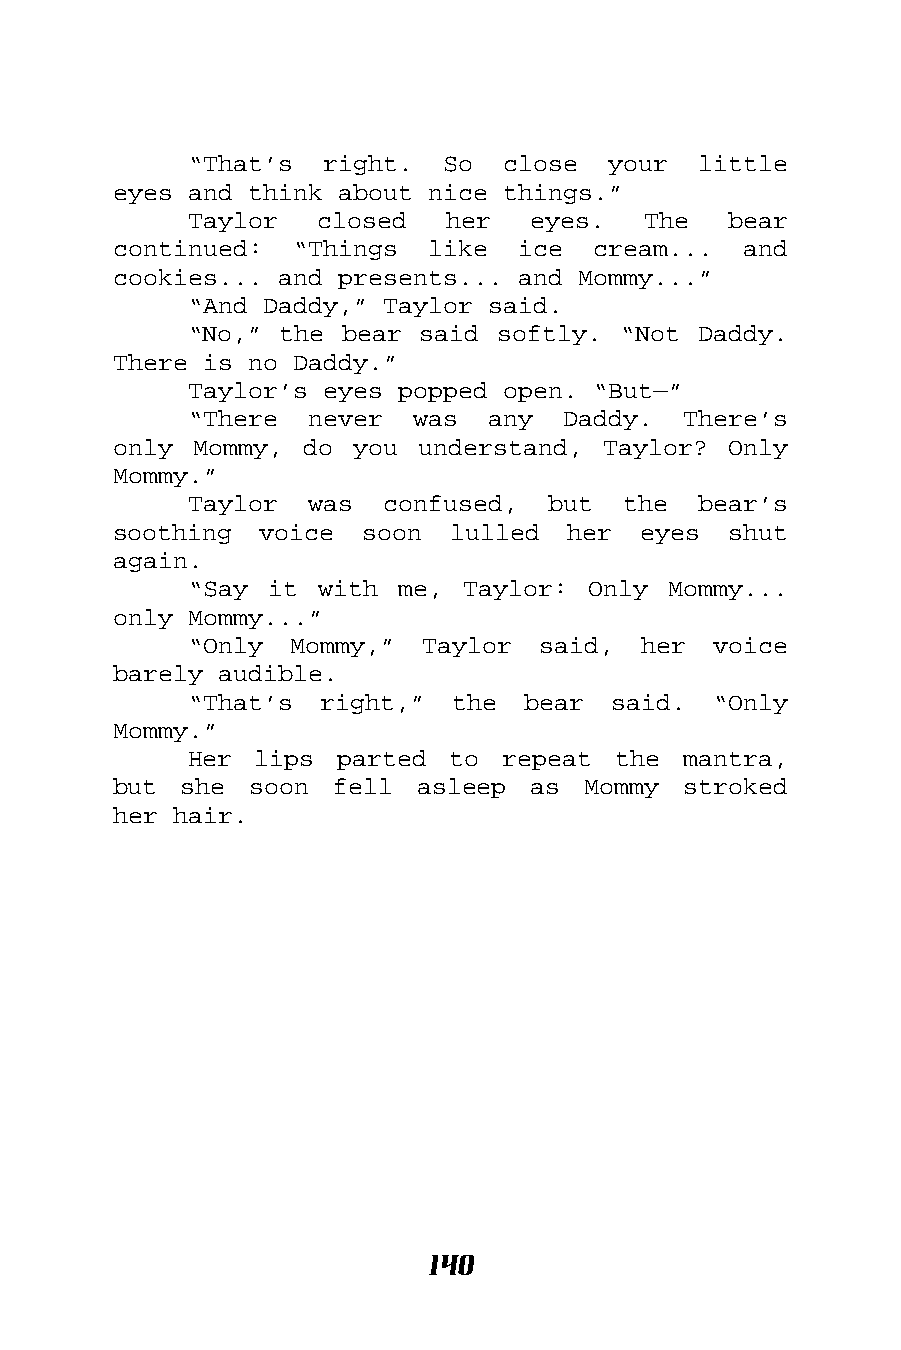
“That’s  right.  So  close  your  little
 eyes and think about nice things.”
 Taylor  closed   her  eyes.   The   bear
 continued:  “Things  like  ice  cream...  and
 cookies... and presents... and Mommy...”
 “And Daddy,” Taylor said.
 “No,” the bear said softly. “Not  Daddy.
 There is no Daddy.”
 Taylor’s eyes popped open. “But—”
 “There  never  was  any  Daddy.  There’s
 only Mommy, do  you understand, Taylor?  Only
 Mommy.”
 Taylor  was  confused,  but  the  bear’s
 soothing  voice soon  lulled  her  eyes  shut
 again.
 “Say it with  me, Taylor: Only  Mommy...
 only Mommy...”
 “Only  Mommy,” Taylor  said,  her  voice
 barely audible.
 “That’s  right,” the  bear  said.  “Only
 Mommy.”
 Her lips  parted to  repeat the  mantra,
 but she  soon fell  asleep  as Mommy  stroked
 her hair.
 140